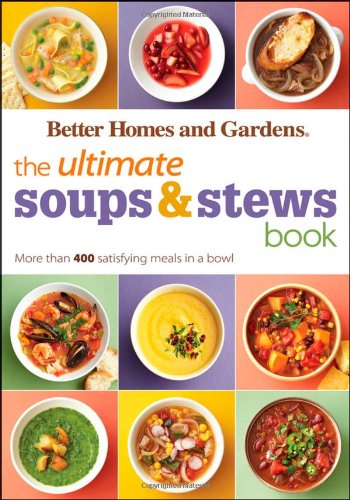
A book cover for The Ultimate Soups & Stews Book: More than 400 Satisfying Meals in a Bowl (Better Homes and Gardens Ultimate); Better Homes and Gardens; Cookbooks, Food & Wine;